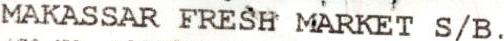
MAKASSAR FRESH MARKET S/B.